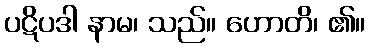
ပဋိပဒါ နာမ၊ သည်။ ဟောတိ၊ ၏။